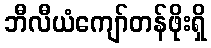
ဘီလီယံကျော်တန်ဖိုးရှိ